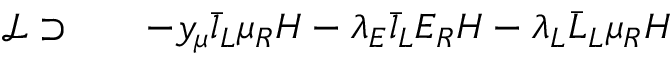
\begin{array} { r l r } { \mathcal { L } \supset } & { { } } & { - y _ { \mu } \bar { l } _ { L } \mu _ { R } H - \lambda _ { E } \bar { l } _ { L } E _ { R } H - \lambda _ { L } \bar { L } _ { L } \mu _ { R } H } \end{array}